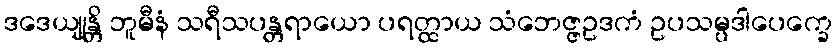
ဒဒေယျုန္တိ ဘူမီနံ သရီသပန္တရာယော ပရတ္ထာယ သံဘေဇ္ဇဥဒကံ ဥပသမ္ပဒါပေက္ခေ